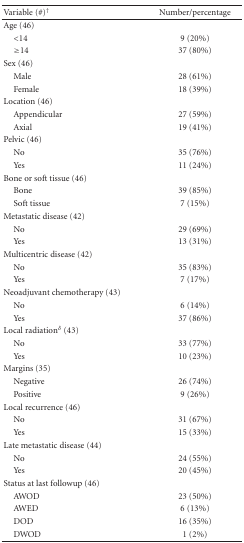
<table><thead><tr><td><b>Variable (#)<sup>†</sup></b></td><td><b>Number/percentage</b></td></tr></thead><tbody><tr><td>Age (46)</td><td></td></tr><tr><td> &lt;14</td><td>9 (20%)</td></tr><tr><td> ≥14</td><td>37 (80%)</td></tr><tr><td>Sex (46)</td><td></td></tr><tr><td> Male</td><td>28 (61%)</td></tr><tr><td> Female</td><td>18 (39%)</td></tr><tr><td>Location (46)</td><td></td></tr><tr><td> Appendicular</td><td>27 (59%)</td></tr><tr><td> Axial</td><td>19 (41%)</td></tr><tr><td>Pelvic (46)</td><td></td></tr><tr><td> No</td><td>35 (76%)</td></tr><tr><td> Yes</td><td>11 (24%)</td></tr><tr><td>Bone or soft tissue (46)</td><td></td></tr><tr><td> Bone</td><td>39 (85%)</td></tr><tr><td> Soft tissue</td><td>7 (15%)</td></tr><tr><td>Metastatic disease (42)</td><td></td></tr><tr><td> No</td><td>29 (69%)</td></tr><tr><td> Yes</td><td>13 (31%)</td></tr><tr><td>Multicentric disease (42)</td><td></td></tr><tr><td> No</td><td>35 (83%)</td></tr><tr><td> Yes</td><td>7 (17%)</td></tr><tr><td>Neoadjuvant chemotherapy (43)</td><td></td></tr><tr><td> No</td><td>6 (14%)</td></tr><tr><td> Yes</td><td>37 (86%)</td></tr><tr><td>Local radiation<sup><i>δ</i></sup> (43)</td><td></td></tr><tr><td> No</td><td>33 (77%)</td></tr><tr><td> Yes</td><td>10 (23%)</td></tr><tr><td>Margins (35)</td><td></td></tr><tr><td> Negative</td><td>26 (74%)</td></tr><tr><td> Positive</td><td> 9 (26%)</td></tr><tr><td>Local recurrence (46)</td><td></td></tr><tr><td> No</td><td>31 (67%)</td></tr><tr><td> Yes</td><td>15 (33%)</td></tr><tr><td>Late metastatic disease (44)</td><td></td></tr><tr><td> No</td><td>24 (55%)</td></tr><tr><td> Yes</td><td>20 (45%)</td></tr><tr><td>Status at last followup (46)</td><td></td></tr><tr><td> AWOD</td><td>23 (50%)</td></tr><tr><td> AWED</td><td> 6 (13%)</td></tr><tr><td> DOD</td><td>16 (35%)</td></tr><tr><td> DWOD</td><td>1 (2%)</td></tr></tbody></table>